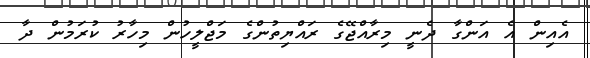
އެއިން އެ އަންގާ ދެނީ މިރާއްޖޭގެ ރައްޔިތުންގެ މަޖްލީހުން މިހާރު ކުރަމުން ދާ